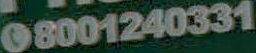
08001240331